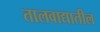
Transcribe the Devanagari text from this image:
तालवाद्यातील